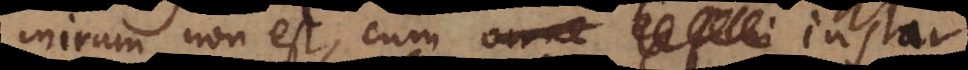
mirum non est, cum omne ex